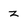
Character: z